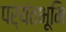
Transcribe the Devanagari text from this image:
पर्यंतभूमि